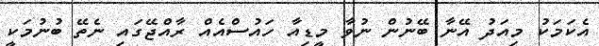
އެކަމަކު މިއަދު އޭނާ ބޭނުން ނުވާ މީޑިއާ ހައުސްއެއް ރާއްޖޭގައި ނެތޭ ބުނުމަކީ